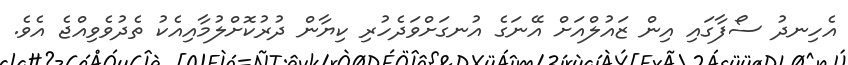
އެހިނދު ސޯފާގައި އިން ޒައުލްއަށް އޭނަގެ އުނގަށްވަދެހުރި ކިޔާން ދުރުކޮށްލުމާއިއެކު ތެދުވެވިއްޖެ އެވެ.